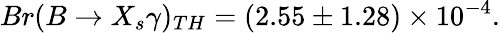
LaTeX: Br(B\rightarrow X_{s}\gamma)_{TH}=(2.55\pm 1.28)\times 10^{-4}.